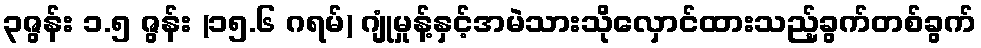
၃ဇွန်း ၁.၅ ဇွန်း (၁၅.၆ ဂရမ်) ဂျုံမှုန့်နှင့်အမဲသားသိုလှောင်ထားသည့်ခွက်တစ်ခွက်